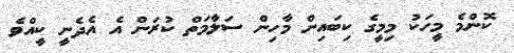
ކޮންމެ މީހަކު މިމީގެ ކިބައިން މާހިން ސަލާމަތް ކުރަން އެ އެދެނީ ކީއްވެ